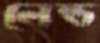
লেন্ড